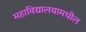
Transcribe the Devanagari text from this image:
महाविद्यालयामधील